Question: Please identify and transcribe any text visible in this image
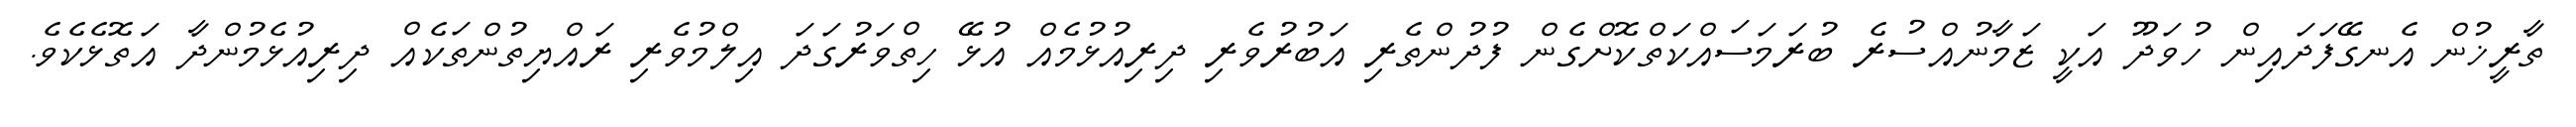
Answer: ތާރީޚުން އެނގޭފަދައިން ހުވަދޫ އަކީ ޒަމާނުއްސުރެ ބުރަމަސައްކަތްކޮށްގެން ފުދުންތެރި އަބުރުވެރި ދިރިއުޅުމެއް އުޅޭ ހިތްވަރުގަދަ އިލްމުވެރި ރައްޔިތުންތަކެއް ދިރިއުޅެމުންދާ އަތޮޅެކެވެ.